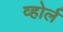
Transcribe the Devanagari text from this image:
व्होर्ल